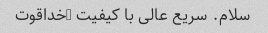
سلام. سریع عالی با کیفیت …خداقوت